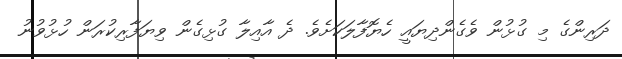
ދަރިންގެ މި ގުޅުން ވެގެންދިޔައީ ހެޔޮފާލަކަށެވެ. ދެ އާއިލާ ގުޅިގެން ވިޔަފާރިކުރަން ހުޅުވުނު